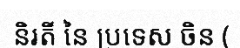
និរតី នៃ ប្រទេស ចិន (